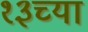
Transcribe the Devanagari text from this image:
१३च्या